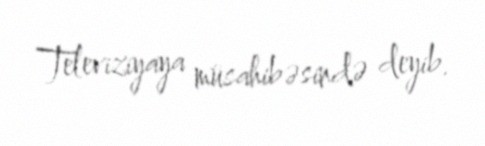
Televiziyaya müsahibəsində deyib.